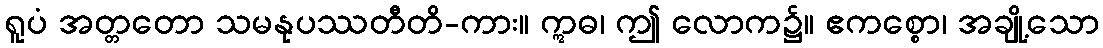
ရူပံ အတ္တတော သမနုပဿတီတိ-ကား။ ဣဓ၊ ဤ လောက၌။ ဧကစ္စော၊ အချို့သော